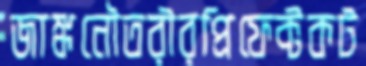
জাঙ্কনৌতরীরপ্রিফেক্টকট